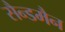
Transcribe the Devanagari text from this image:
सैन्डमैन